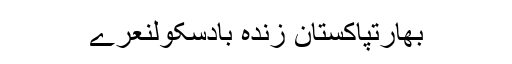
بھارتپاکستان زندہ بادسکولنعرے